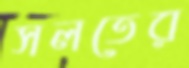
সলতের